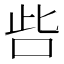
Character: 呰